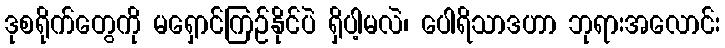
ဒုစရိုက်တွေကို မရှောင်ကြဉ်နိုင်ပဲ ရှိပါ့မလဲ၊ ပေါရိသာဒဟာ ဘုရားအလောင်း